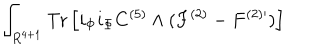
\int _ { R ^ { 4 + 1 } } \mathrm { T r } \left[ i _ { \Phi } i _ { \Phi } C ^ { ( 5 ) } \wedge ( F ^ { ( 2 ) } - F ^ { ( 2 ) \prime } ) \right]